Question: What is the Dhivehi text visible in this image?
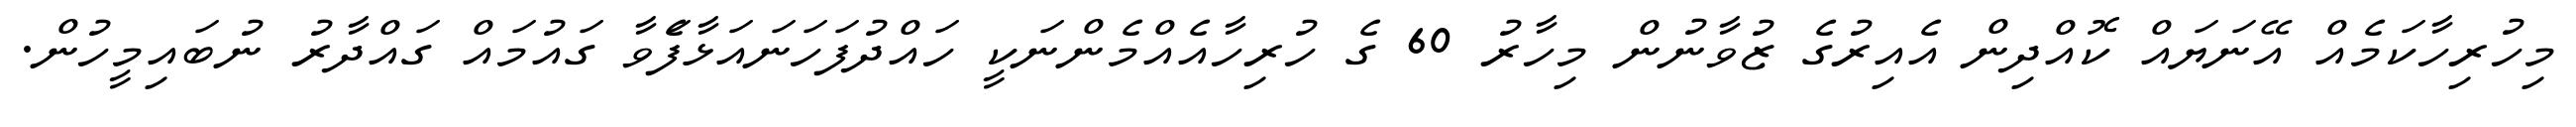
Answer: މިހުރިހާކަމެއް އޭނަޔައް ކޮއްދިން އެއިރުގެ ޒުވާނުން މިހާރު 60 ގެ ހުރިހާއެއްމެންނަކީ ހައްދުފަހަނައަޅާފަެވާ ގައުމައް ގައްދާރު ނުބައިމީހުން.